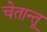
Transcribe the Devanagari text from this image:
चेतान्तू